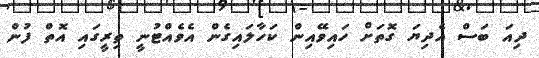
ދިއަ ބަސް އެދިޔަ ގޮތަށް ހައިވޭއިން ކަހާލައިގެން އެވެއްޓުނީ ތިރީގައި އޮތް ފުން